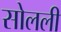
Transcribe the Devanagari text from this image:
सोलली